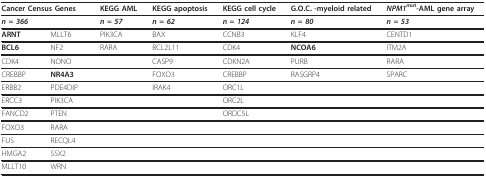
<table><thead><tr><td colspan="2"><b>Cancer Census Genes</b></td><td><b>KEGG AML</b></td><td><b>KEGG apoptosis</b></td><td><b>KEGG cell cycle</b></td><td><b>G.O.C. -myeloid related</b></td><td><b><i>NPM1<sup>mu</sup></i><sup>t</sup>-AML gene array</b></td></tr></thead><tbody><tr><td colspan="2"><b><i>n = 366</i></b></td><td><b><i>n = 57</i></b></td><td><b><i>n = 62</i></b></td><td><b><i>n = 124</i></b></td><td><b><i>n = 80</i></b></td><td><b><i>n = 53</i></b></td></tr><tr><td><b>ARNT</b></td><td>MLLT6</td><td>PIK3CA</td><td>BAX</td><td>CCNB3</td><td>KLF4</td><td>CENTD1</td></tr><tr><td><b>BCL6</b></td><td>NF2</td><td>RARA</td><td>BCL2L11</td><td>CDK4</td><td><b>NCOA6</b></td><td>ITM2A</td></tr><tr><td>CDK4</td><td>NONO</td><td></td><td>CASP9</td><td>CDKN2A</td><td>PURB</td><td>RARA</td></tr><tr><td>CREBBP</td><td><b>NR4A3</b></td><td></td><td>FOXO3</td><td>CREBBP</td><td>RASGRP4</td><td>SPARC</td></tr><tr><td>ERBB2</td><td>PDE4DIP</td><td></td><td>IRAK4</td><td>ORC1L</td><td></td><td></td></tr><tr><td>ERCC3</td><td>PIK3CA</td><td></td><td></td><td>ORC2L</td><td></td><td></td></tr><tr><td>FANCD2</td><td>PTEN</td><td></td><td></td><td>ORDC5L</td><td></td><td></td></tr><tr><td>FOXO3</td><td>RARA</td><td></td><td></td><td></td><td></td><td></td></tr><tr><td>FUS</td><td>RECQL4</td><td></td><td></td><td></td><td></td><td></td></tr><tr><td>HMGA2</td><td>SSX2</td><td></td><td></td><td></td><td></td><td></td></tr><tr><td>MLLT10</td><td>WRN</td><td></td><td></td><td></td><td></td><td></td></tr></tbody></table>